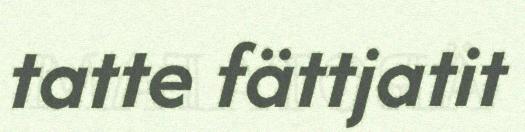
tatte fättjatit